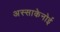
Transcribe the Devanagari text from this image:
अस्साकेनोई